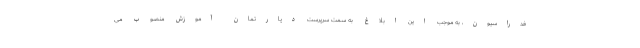
فدراسیون، به موجب این ابلاغ به سمت سرپرست دپارتمان آموزش منصوب می